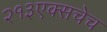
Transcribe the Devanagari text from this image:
२१३एक्सचेच